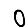
Digit: 0